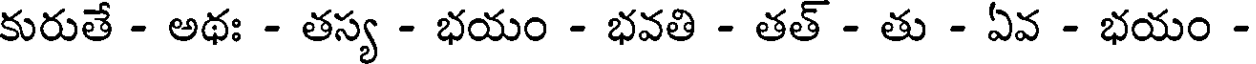
కురుతే - అథః - తస్య - భయం - భవతి - తత్ - తు - ఏవ - భయం -